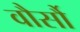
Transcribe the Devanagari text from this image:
वौर्सौ